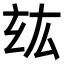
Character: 𤣦